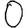
Digit: 0